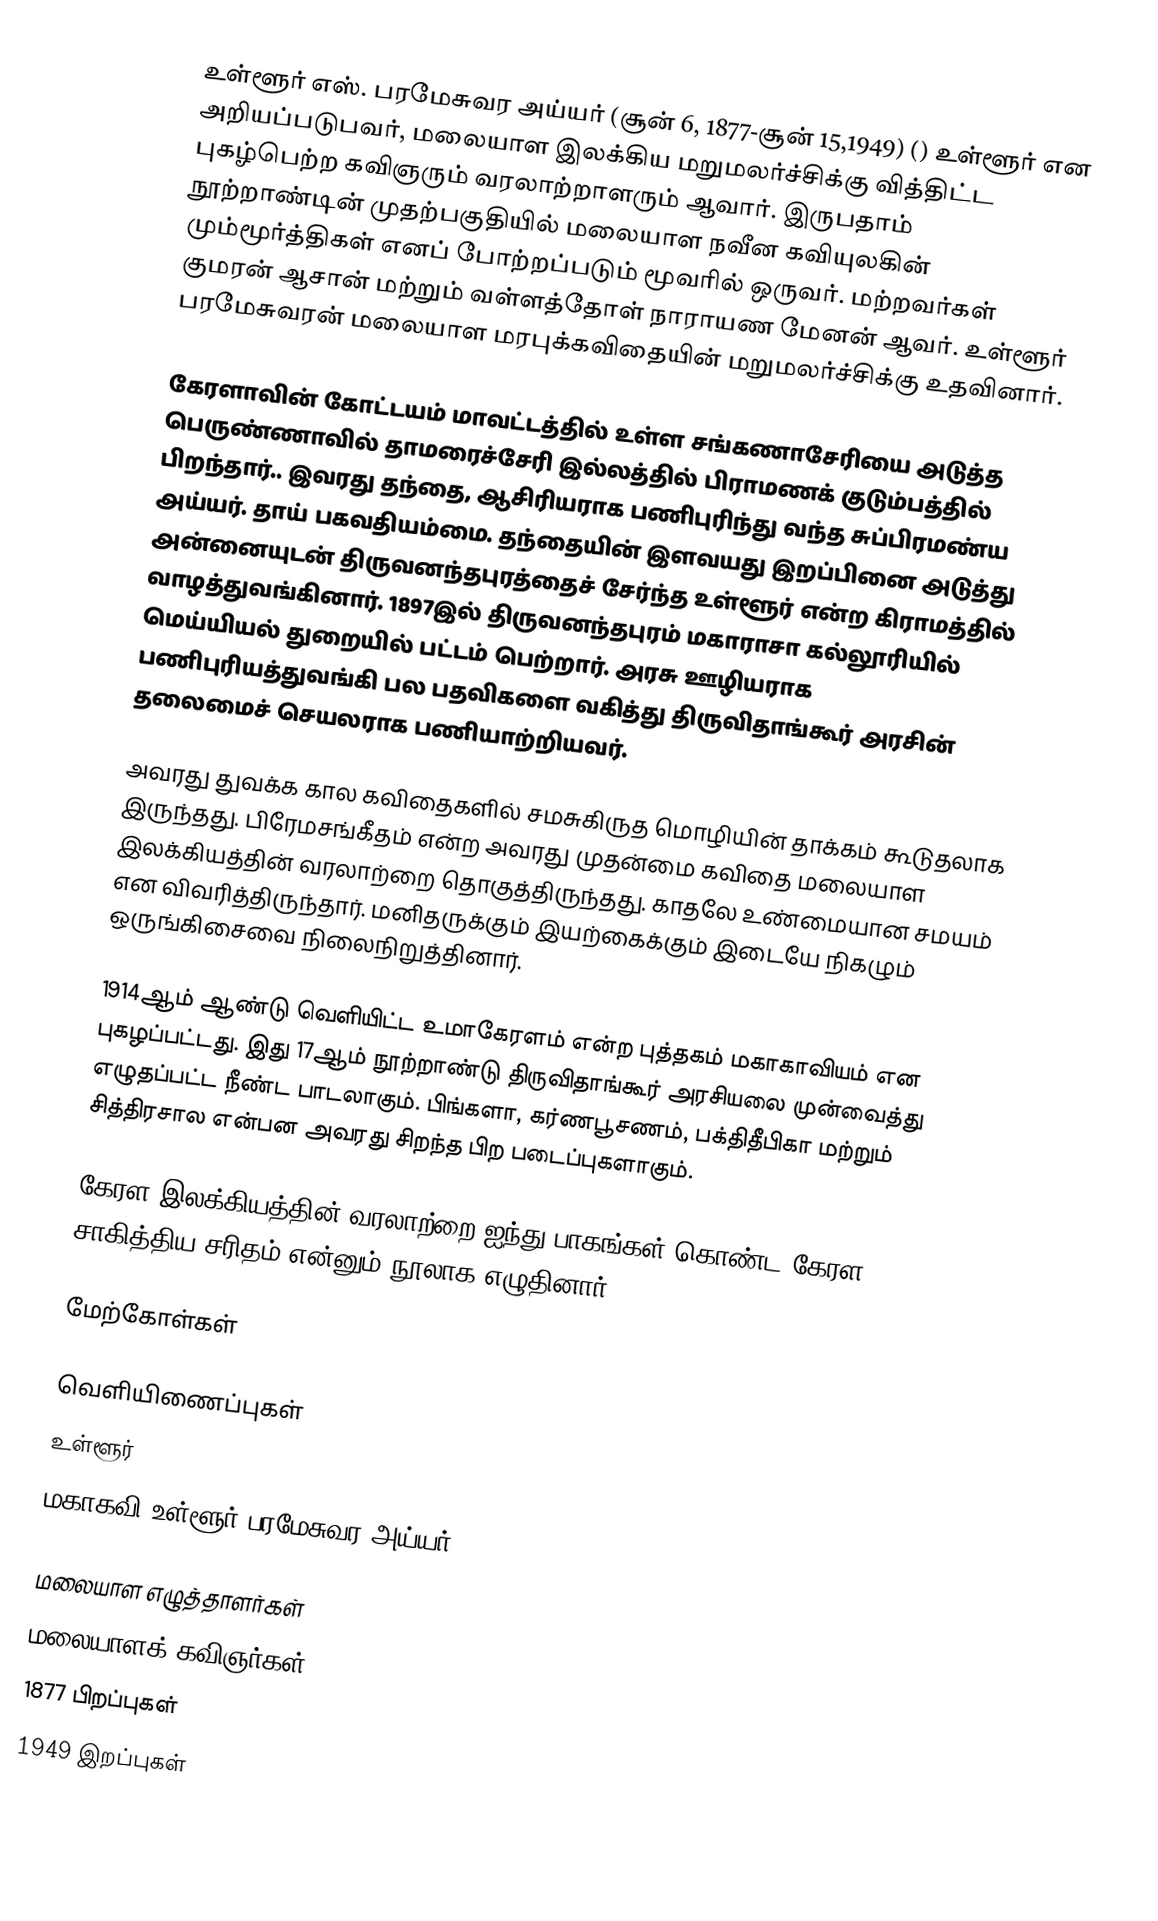
உள்ளூர் எஸ். பரமேசுவர அய்யர் (சூன் 6, 1877-சூன் 15,1949) () உள்ளூர்  என அறியப்படுபவர், மலையாள இலக்கிய மறுமலர்ச்சிக்கு வித்திட்ட புகழ்பெற்ற கவிஞரும் வரலாற்றாளரும் ஆவார். இருபதாம் நூற்றாண்டின் முதற்பகுதியில் மலையாள நவீன கவியுலகின் மும்மூர்த்திகள் எனப் போற்றப்படும் மூவரில் ஒருவர். மற்றவர்கள் குமரன் ஆசான் மற்றும் வள்ளத்தோள் நாராயண மேனன் ஆவர். உள்ளூர் பரமேசுவரன் மலையாள மரபுக்கவிதையின் மறுமலர்ச்சிக்கு உதவினார்.

கேரளாவின் கோட்டயம் மாவட்டத்தில் உள்ள சங்கணாசேரியை அடுத்த பெருண்ணாவில் தாமரைச்சேரி இல்லத்தில் பிராமணக் குடும்பத்தில் பிறந்தார்.. இவரது தந்தை, ஆசிரியராக பணிபுரிந்து வந்த சுப்பிரமண்ய அய்யர். தாய் பகவதியம்மை. தந்தையின் இளவயது இறப்பினை அடுத்து அன்னையுடன் திருவனந்தபுரத்தைச் சேர்ந்த உள்ளூர் என்ற கிராமத்தில் வாழத்துவங்கினார். 1897இல் திருவனந்தபுரம் மகாராசா கல்லூரியில் மெய்யியல் துறையில் பட்டம் பெற்றார். அரசு ஊழியராக பணிபுரியத்துவங்கி பல பதவிகளை வகித்து திருவிதாங்கூர் அரசின் தலைமைச் செயலராக பணியாற்றியவர்.

அவரது துவக்க கால கவிதைகளில் சமசுகிருத மொழியின் தாக்கம் கூடுதலாக இருந்தது. பிரேமசங்கீதம் என்ற அவரது முதன்மை கவிதை மலையாள இலக்கியத்தின் வரலாற்றை தொகுத்திருந்தது. காதலே உண்மையான சமயம் என விவரித்திருந்தார். மனிதருக்கும் இயற்கைக்கும் இடையே நிகழும் ஒருங்கிசைவை நிலைநிறுத்தினார்.

1914ஆம் ஆண்டு வெளியிட்ட உமாகேரளம் என்ற புத்தகம் மகாகாவியம் என புகழப்பட்டது. இது 17ஆம் நூற்றாண்டு திருவிதாங்கூர் அரசியலை முன்வைத்து எழுதப்பட்ட நீண்ட பாடலாகும். பிங்களா, கர்ணபூசணம், பக்திதீபிகா மற்றும் சித்திரசால என்பன அவரது சிறந்த பிற படைப்புகளாகும்.

கேரள இலக்கியத்தின் வரலாற்றை ஐந்து பாகங்கள் கொண்ட கேரள சாகித்திய சரிதம் என்னும் நூலாக எழுதினார்.

மேற்கோள்கள்

வெளியிணைப்புகள்
உள்ளூர்
மகாகவி உள்ளூர் பரமேசுவர அய்யர்

மலையாள எழுத்தாளர்கள்
மலையாளக் கவிஞர்கள்
1877 பிறப்புகள்
1949 இறப்புகள்